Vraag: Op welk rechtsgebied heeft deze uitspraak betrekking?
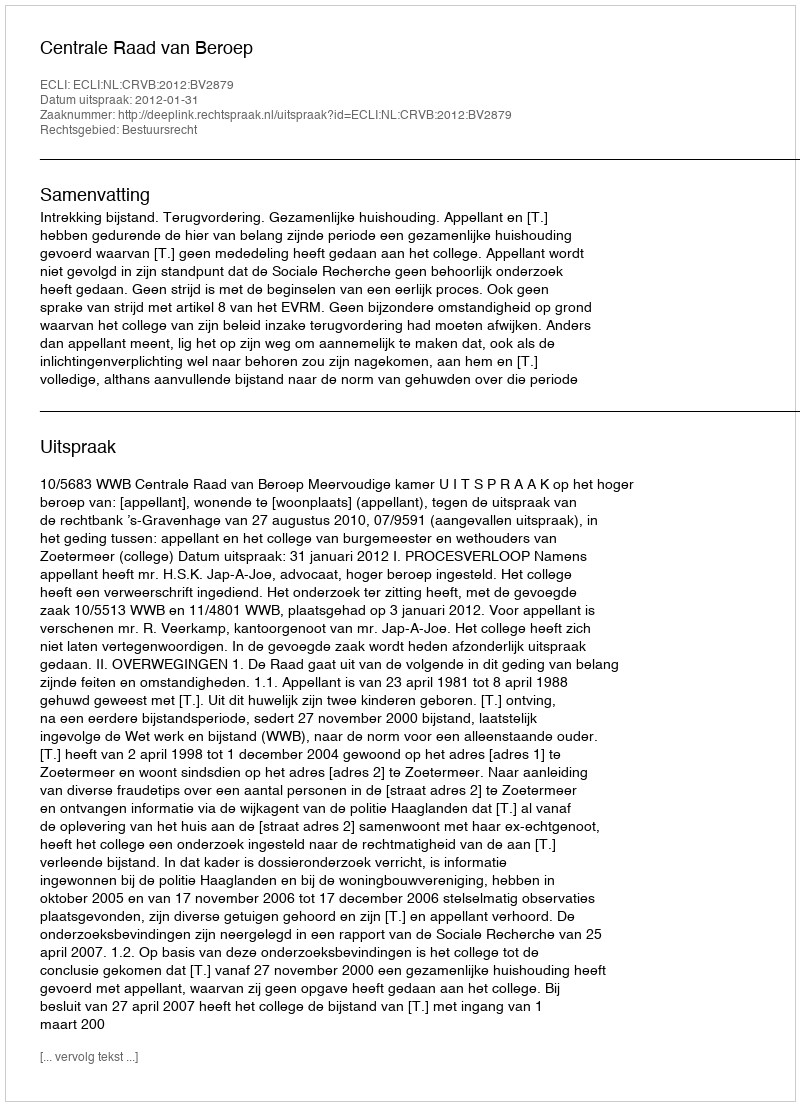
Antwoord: Bestuursrecht